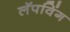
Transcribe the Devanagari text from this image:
लॅपविंग